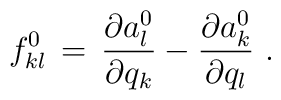
f^0_{kl} \, = \, { \partial a^0_l \over \partial q_k} -{ \partial a^0_k \over \partial q_l}\,\,.